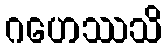
ဂဟေဿသိ